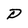
Character: D